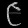
Digit: ၉